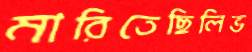
মারিতেছিলিভ